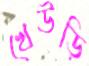
খেউড়ি